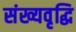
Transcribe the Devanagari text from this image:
संख्यवृद्धि